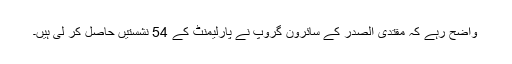
واضح رہے کہ مقتدی الصدر کے سائرون گروپ نے پارلیمنٹ کے 54 نشستیں حاصل کر لی ہیں۔